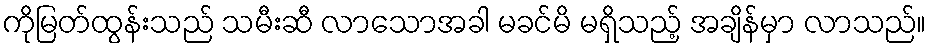
ကိုမြတ်ထွန်းသည် သမီးဆီ လာသောအခါ မခင်မိ မရှိသည့် အချိန်မှာ လာသည်။